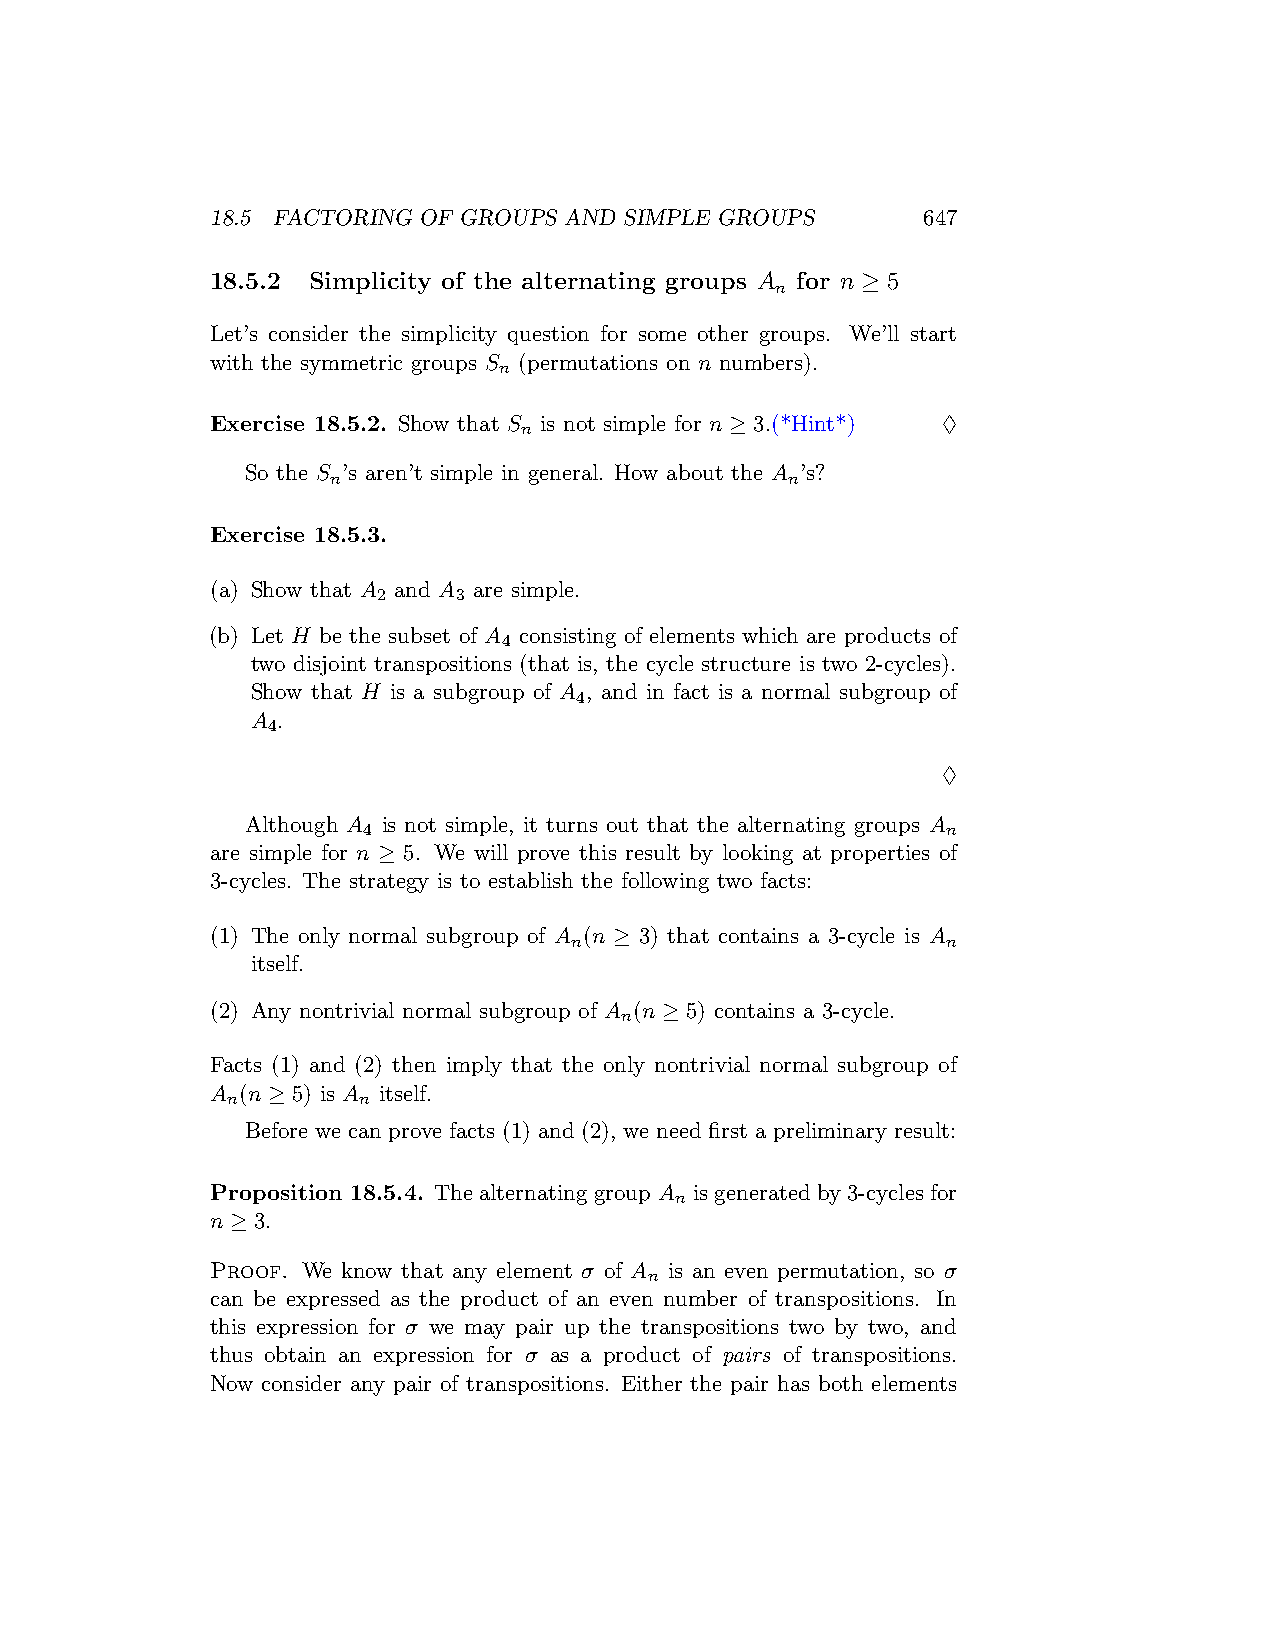
18.5 FACTORING OF GROUPS AND SIMPLE GROUPS     647
 18.5.2 Simplicity of the alternating groups A for n ≥ 5
 n
 Let’s consider the simplicity question for some other groups. We’ll start
 with the symmetric groups S (permutations on n numbers).
 n
 Exercise 18.5.2. Show that S is not simple for n ≥ 3.(*Hint*) ♢
 n
 So the S ’s aren’t simple in general. How about the A ’s?
 n                             n
 Exercise 18.5.3.
 (a) Show that A and A are simple.
 2    3
 (b) Let H be the subset of A consisting of elements which are products of
 4
 two disjoint transpositions (that is, the cycle structure is two 2-cycles).
 Show that H is a subgroup of A , and in fact is a normal subgroup of
 4
 A .
 4
 ♢
 Although A is not simple, it turns out that the alternating groups A
 4                                      n
 are simple for n ≥ 5. We will prove this result by looking at properties of
 3-cycles. The strategy is to establish the following two facts:
 (1) The only normal subgroup of A (n ≥ 3) that contains a 3-cycle is A
 n                        n
 itself.
 (2) Any nontrivial normal subgroup of A (n ≥ 5) contains a 3-cycle.
 n
 Facts (1) and (2) then imply that the only nontrivial normal subgroup of
 A (n ≥ 5) is A itself.
 n        n
 Before we can prove facts (1) and (2), we need first a preliminary result:
 Proposition 18.5.4. The alternating group A is generated by 3-cycles for
 n
 n ≥ 3.
 Proof. We know that any element σ of A is an even permutation, so σ
 n
 can be expressed as the product of an even number of transpositions. In
 this expression for σ we may pair up the transpositions two by two, and
 thus obtain an expression for σ as a product of pairs of transpositions.
 Now consider any pair of transpositions. Either the pair has both elements